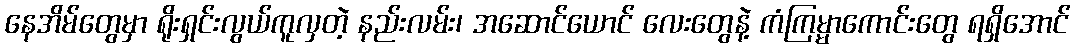
နေအိမ်တွေမှာ ရိုးရှင်းလွယ်ကူလှတဲ့ နည်းလမ်း၊ အဆောင်ယောင် လေးတွေနဲ့ ကံကြမ္မာကောင်းတွေ ရရှိအောင်